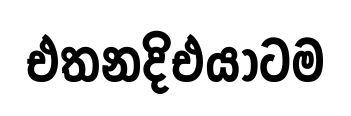
එතනදිඑයාටම